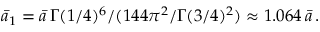
\bar { a } _ { 1 } = \bar { a } \, \Gamma ( 1 / 4 ) ^ { 6 } / ( 1 4 4 \pi ^ { 2 } / \Gamma ( 3 / 4 ) ^ { 2 } ) \approx 1 . 0 6 4 \, \bar { a } \, .